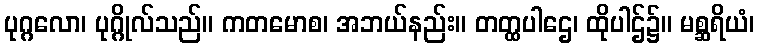
ပုဂ္ဂလော၊ ပုဂ္ဂိုလ်သည်။ ကတမောစ၊ အဘယ်နည်း။ တတ္ထပါဌေ၊ ထိုပါဌ်၌။ မစ္ဆရိယံ၊